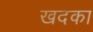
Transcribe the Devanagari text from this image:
खदका